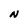
Character: N